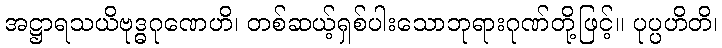
အဋ္ဌာရသယိဗုဒ္ဓဂုဏေဟိ၊ တစ်ဆယ့်ရှစ်ပါးသောဘုရားဂုဏ်တို့ဖြင့်။ ပုပ္ပဟိတိ၊